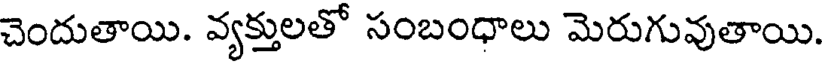
చెందుతాయి. వ్యక్తులతో సంబంధాలు మెరుగువుతాయి.